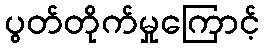
ပွတ်တိုက်မှုကြောင့်